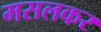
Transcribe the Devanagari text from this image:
मसलकर